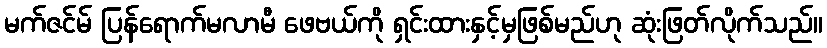
မက်ဇင်မ် ပြန်ရောက်မလာမီ ဖေဗယ်ကို ရှင်းထားနှင့်မှဖြစ်မည်ဟု ဆုံးဖြတ်လိုက်သည်။